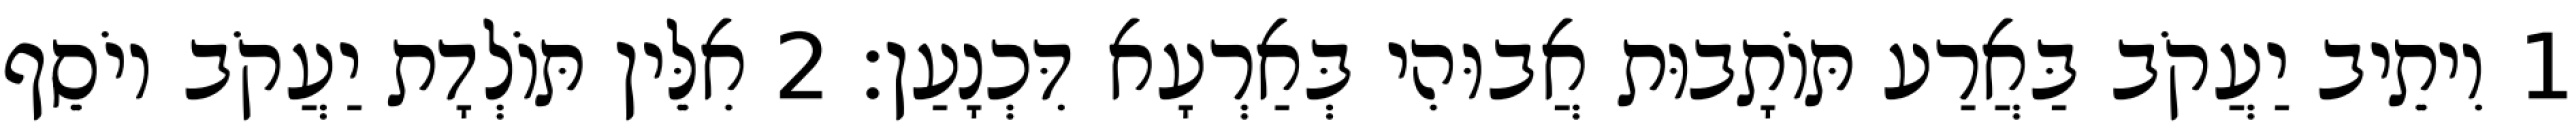
1 וִיתֵיב יַעֲקֹב בַּאֲרַע תּוֹתָבוּת אֲבוּהִי בְּאַרְעָא דִּכְנָעַן׃ 2 אִלֵּין תּוֹלְדָת יַעֲקֹב יוֹסֵף